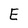
Character: E